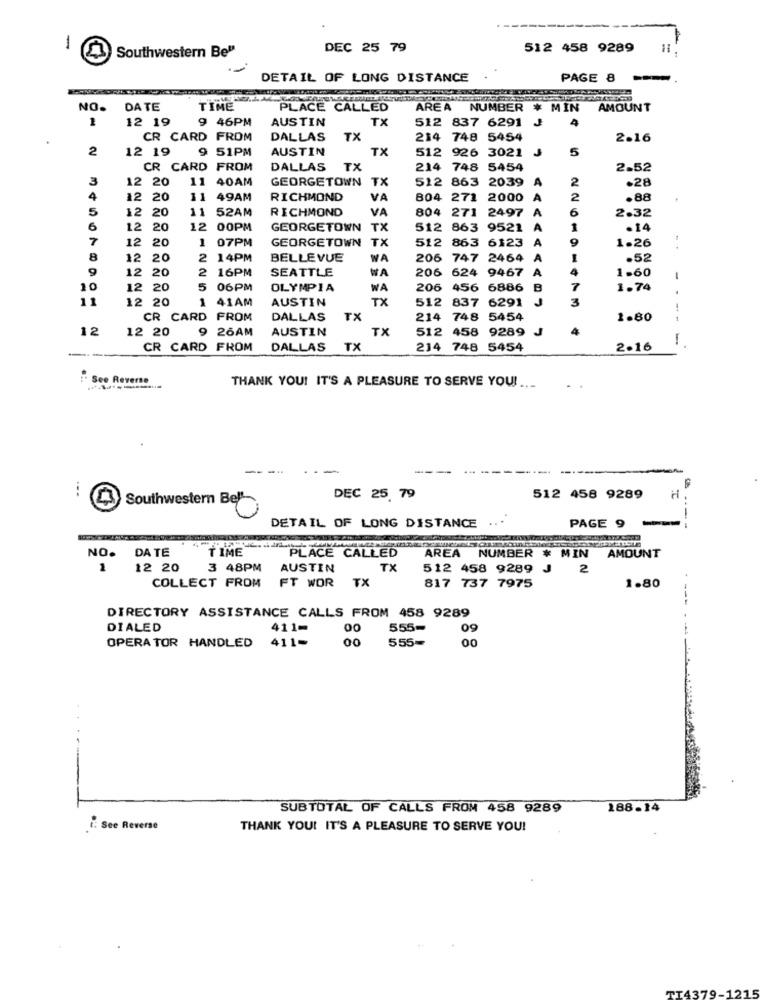
1
Southwestern Bel
DEC 25 79
512 458 9289
-
DETAIL OF LONG DISTANCE
PAGE 8
NO.
DATE
TIME
PLACE CALLED
AREA
NUMBER # MIN
AMOUNT
1
12 19
9 46PM
AUSTIN
TX
512 837 6291
4
CR CARD FROM
DALLAS
TX
214 748 5454
2.16
2
12 19
9 51PM
AUSTIN
TX
512 926 3021
J
5
CR CARD FROM
DALLAS
TX
214 748 5454
2.52
3
12 20
11
40AM
GEORGETOWN
TX
512 863 2039
A
.28
2
4
12
20
11
49AM
RICHMOND
VA
804 271
2000
A
2
88
5
12
20
11
52AM
RICHMOND
VA
804
271
2497
A
2.32
6
12
20
12
00PM
GEORGETOWN
TX
512 863 9521
A
.14
7
12
20
1
07PM
GEORGETOWN
TX
512 863 6123
A
9
1.26
8
12
20
2 14PM
BELLEVUE
WA
206 747 2464
A
.52
9
12
20
2
16PM
SEATTLE
WA
206 624 9467
A
1.60
20
12 20
06PM
OLYMPIA
WA
206
456 6886
7
1.74
11
12 20
1 41AM
AUSTIN
TX
512 837 6291
3
22619-973
CR CARD FROM
DALLAS
TX
214 748 5454
1.80
---
12
12 20
9 26AM
AUSTIN
TX
512 458 9289
J
----
CR CARD FROM
DALLAS
TX
234 748 5454
2.16
:. See Reverse
THANK YOU! IT'S A PLEASURE TO SERVE YOU! ...
-- ---
...
DEC 25 79
512 458 9289
Southwestern Bell-
DETAIL OF LONG DISTANCE
PAGE 9
--- -
DATE
TIME
PLACE CALLED
AREA
NO.
NUMBER * MIN AMOUNT
1
12 20
3 48PM
AUSTIN
TX
512 458 9289
J
2
FT WOR
TX
COLLECT FROM
817 737 7975
1.80
---
DIRECTORY ASSISTANCE CALLS FROM 458 9289
DIALED
411-
00
555-
09
OPERA TOR HANDLED
411-
555=
00
-
SUBTOTAL OF CALLS FROM 458 9289
188-14
i: See Reverse
THANK YOU! IT'S A PLEASURE TO SERVE YOU!